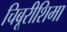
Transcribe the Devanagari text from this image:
चिबूरीशिमा